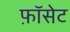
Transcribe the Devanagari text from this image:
फ़ॉसेट